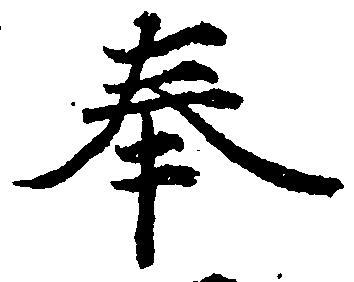
奉